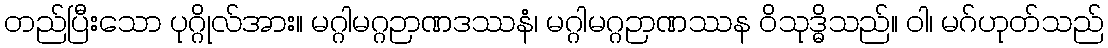
တည်ပြီးသော ပုဂ္ဂိုလ်အား။ မဂ္ဂါမဂ္ဂဉာဏဒဿနံ၊ မဂ္ဂါမဂ္ဂဉာဏဿန ဝိသုဒ္ဓိသည်။ ဝါ၊ မဂ်ဟုတ်သည်